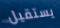
يستقيل